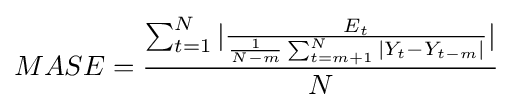
MASE={\frac {\sum _{t=1}^{N}|{\frac {E_{t}}{{\frac {1}{N-m}}\sum _{t=m+1}^{N}|Y_{t}-Y_{t-m}|}}|}{N}}